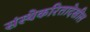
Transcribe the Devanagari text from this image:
संस्थेकरितादेखील